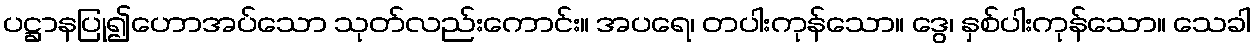
ပဋ္ဌာနပြု၍ဟောအပ်သော သုတ်လည်းကောင်း။ အပရေ၊ တပါးကုန်သော။ ဒွေ၊ နှစ်ပါးကုန်သော။ သေခါ